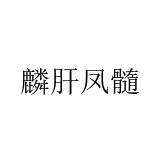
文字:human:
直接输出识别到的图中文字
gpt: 麟肝凤髓